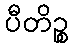
ပီတိဉ္စ